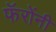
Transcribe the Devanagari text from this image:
फॅरोंनी